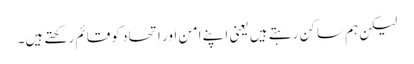
‏ لیکن ہم ساکن رہتے ہیں یعنی اپنے امن اور اِتحاد کو قائم رکھتے ہیں۔